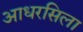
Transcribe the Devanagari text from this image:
आधरसिला